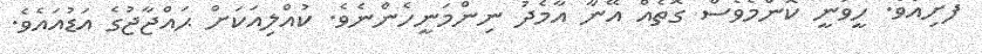
ފެށިއެވެ. ހީވަނީ ކޮންމެވެސް ގޮތެއް އޭނާ އާމެދު ނިންމަނީހެންނެވެ. ކުއްލިއަކަށް ޙައްޖާޖުގެ އަޑުއައެވެ.